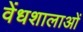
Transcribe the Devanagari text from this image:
वेंधशालाओं